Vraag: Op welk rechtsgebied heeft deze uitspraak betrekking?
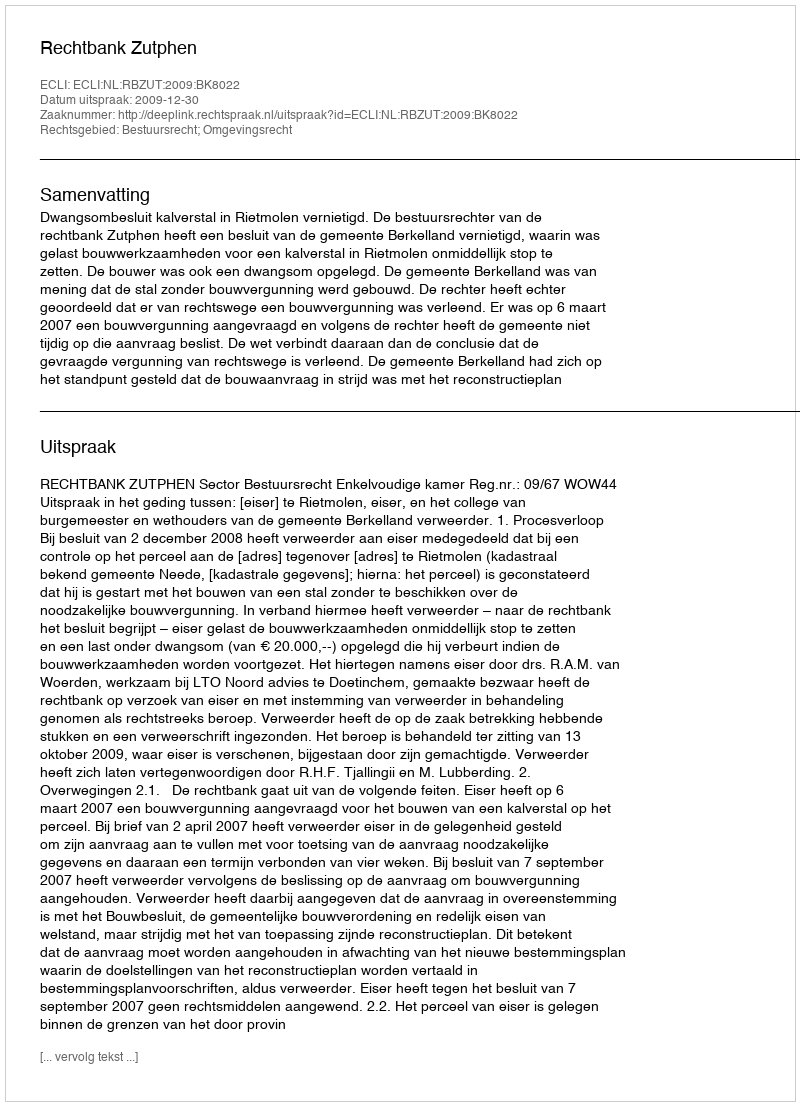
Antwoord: Bestuursrecht; Omgevingsrecht